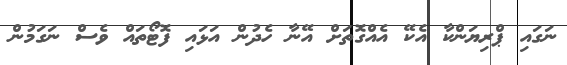
ނަގައި ޕްރިޔަންކާ އެކޭ އެއްގޮތަށް އޭނާ ހެދުން އަޅައި ފޮޓޯތައް ވެސް ނަގަމުން